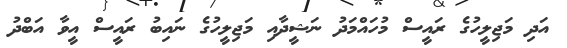
އަދި މަޖިލީހުގެ ރައީސް މުހައްމަދު ނަޝީދާއި މަޖިލީހުގެ ނައިބު ރައީސް އީވާ އަބްދު